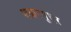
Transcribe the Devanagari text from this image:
शक्राणुधर